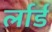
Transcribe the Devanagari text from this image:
र्लार्ड